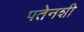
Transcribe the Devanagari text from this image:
पतेनशी